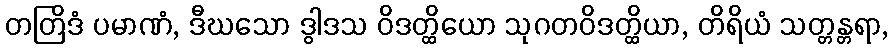
တတြိဒံ ပမာဏံ, ဒီဃသော ဒွါဒသ ဝိဒတ္ထိယော သုဂတဝိဒတ္ထိယာ, တိရိယံ သတ္တန္တရာ,